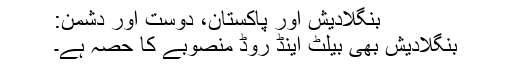
بنگلادیش اور پاکستان، دوست اور دشمن:
بنگلادیش بھی بیلٹ اینڈ روڈ منصوبے کا حصہ ہے۔